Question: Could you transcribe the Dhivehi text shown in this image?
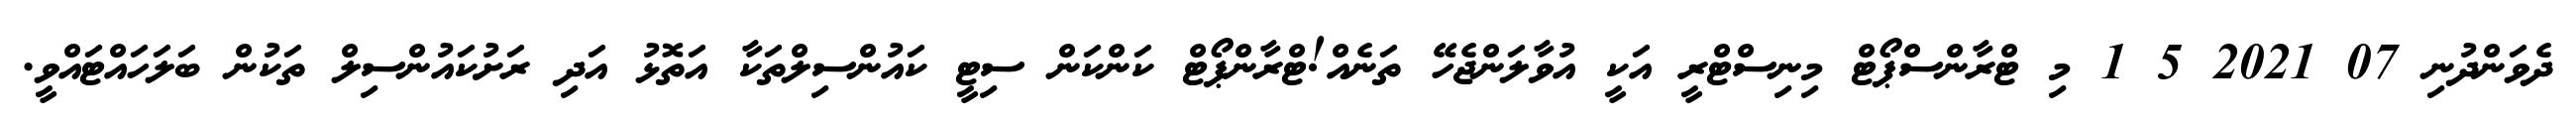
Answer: ދެވަންދުނި 07 2021 5 1 މި ޓްރާންސްޕޯޓް މިނިސްޓްރީ އަކީ އުވާލަންޖެހޭ ތަނެއް!ޓްރާންޕޯޓް ކަންކަން ސިޓީ ކައުންސިލްތަކާ އަތޮޅު އަދި ރަށުކައުންސިލް ތަކުން ބަލަހައްޓައްވީ.